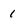
Character: 1